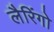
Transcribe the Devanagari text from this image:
लैरिंगो